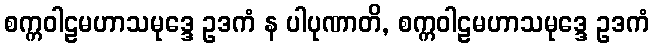
စက္ကဝါဠမဟာသမုဒ္ဒေ ဥဒကံ န ပါပုဏာတိ, စက္ကဝါဠမဟာသမုဒ္ဒေ ဥဒကံ